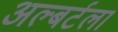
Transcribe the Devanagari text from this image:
अल्बर्टला